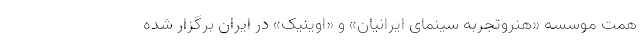
همت موسسه «هنروتجربه سینمای ایرانیان» و «اوینیک» در ایران برگزار شده